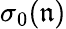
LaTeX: \sigma_{0}(\mathfrak{n})